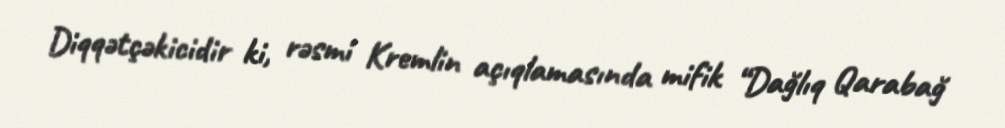
Diqqətçəkicidir ki, rəsmi Kremlin açıqlamasında mifik “Dağlıq Qarabağ